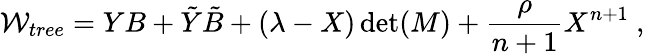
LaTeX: {\cal W}_{tree}=YB+{\tilde{Y}}{\tilde{B}}+(\lambda-X)\operatorname*{det}(M)+{\frac{\rho}{n+1}}X^{n+1}~,